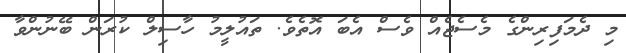
މި ދެމަފިރިންގެ މެސެޖެއް ވެސް އެބަ އޮތެވެ. ތައުލީމު ހާސިލް ކުރަން ބޭނުންވާ